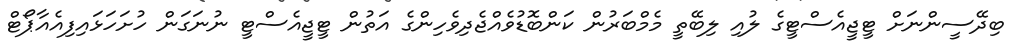
ބިދޭސީންނަށް ޓީޖީއެސްޓީގެ ލުއި ލިބޭތީ މެމްބަރުން ކަންބޮޑުވެއްޖެދިވެހިންގެ އަތުން ޓީޖީއެސްޓީ ނުނަގަން ހުށަހަޅައިފިއެއާޕޯޓް